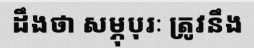
ដឹងថា សម្ភុបុរៈ ត្រូវនឹង